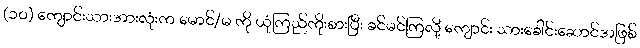
(၁၀) ကျောင်းသားအားလုံးက မောင်/မ ကို ယုံကြည်ကိုးစားပြီး ခင်မင်ကြလို့ ကျောင်း သားခေါင်းဆောင်အဖြစ်